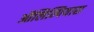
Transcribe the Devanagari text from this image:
ऑलिम्पियास